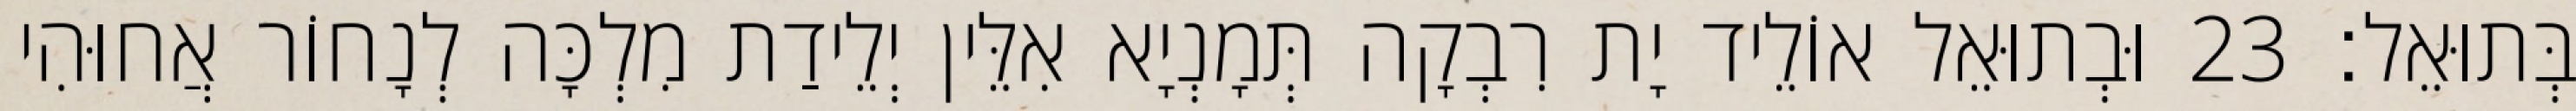
בְּתוּאֵל׃ 23 וּבְתוּאֵל אוֹלֵיד יָת רִבְקָה תְּמָנְיָא אִלֵּין יְלֵידַת מִלְכָּה לְנָחוֹר אֲחוּהִי